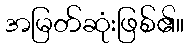
အမြတ်ဆုံးဖြစ်၏။